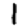
Digit: 1